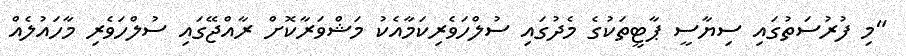
"މި ފުރުސަތުގައި ސިޔާސީ ޕާޓީތަކުގެ މެދުގައި ސުލްހަވެރިކަމާއެކު މަޝްވަރާކޮށް ރާއްޖޭގައި ސުލްހަވެރި މާހައުލެއް